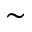
\sim